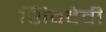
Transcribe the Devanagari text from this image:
शिवदेवी